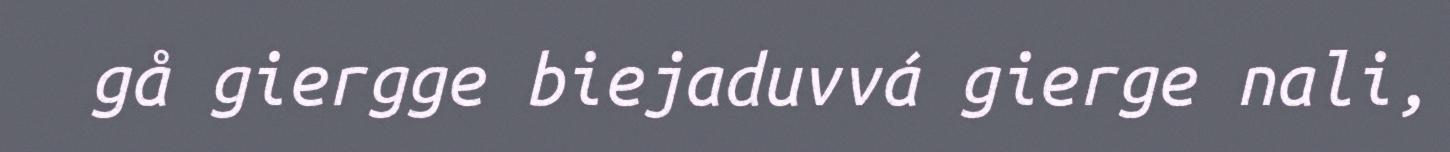
gå giergge biejaduvvá gierge nali,